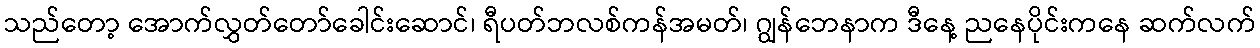
သည်တော့ အောက်လွှတ်တော်ခေါင်းဆောင်၊ ရီပတ်ဘလစ်ကန်အမတ်၊ ဂျွန်ဘေနာက ဒီနေ့ ညနေပိုင်းကနေ ဆက်လက်